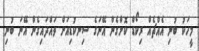
މީހަކު ބުނި އެއްޗެއް ރިކޯޑް ކޮށްގެން އޭނަގެ ސިނކުޑިއަށް ވައްދައިގެން އޭނަ ބުނި